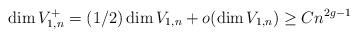
LaTeX: \begin{align*} \dim V_{1,n}^+ = (1/2) \dim V_{1,n} + o(\dim V_{1,n}) \geq C n^{2g-1} \end{align*}